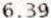
6.39